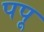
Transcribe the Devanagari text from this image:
पपू